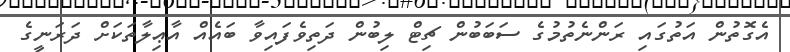
އެގޮތުން އަތުގައި ރަންނެތުމުގެ ސަބަބުން ޗިޓް ލިބުން ދަތިވެފައިވާ ބައެއް އާޢިލާތަކަށް ދަރަނީގެ